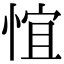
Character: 𪬃